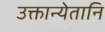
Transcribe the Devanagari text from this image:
उक्तान्येतानि